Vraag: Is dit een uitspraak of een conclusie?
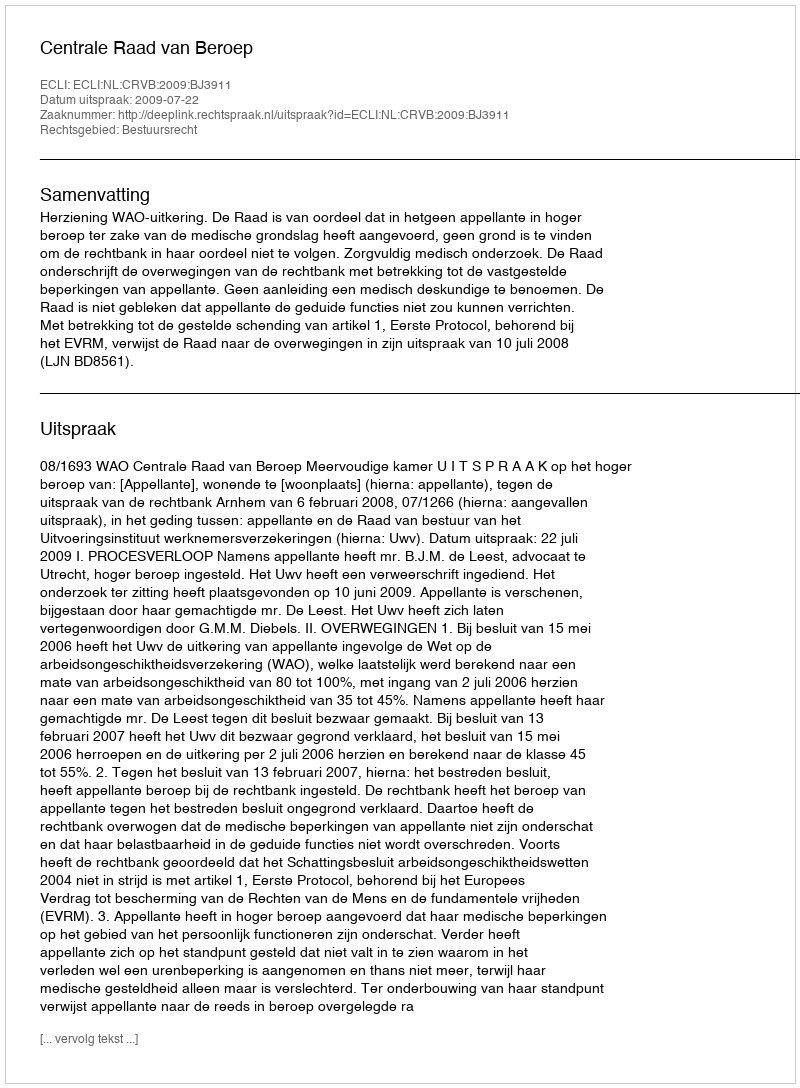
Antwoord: Uitspraak